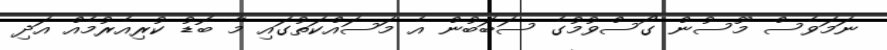
ނަމަވެސް މޫސުން ގޯސްވުމުގެ ސަބަބުން އެ މަސައްކަތުގައި މާ ބޮޑު ކުރިއެރުމެއް އަދި